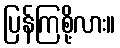
ပြန်ကြစို့လား။